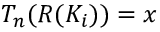
T _ { n } ( R ( K _ { i } ) ) = x